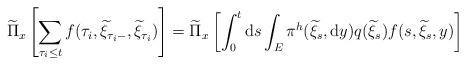
LaTeX: \begin{align*}\widetilde{\Pi}_{x}\left[\sum_{\tau_{i}\le t}f(\tau_{i},\widetilde{\xi}_{\tau_{i}-},\widetilde{\xi}_{\tau_{i}})\right]=\widetilde{\Pi}_{x}\left[\int_{0}^{t}{\rm d}s\int_{E}\pi^{h}(\widetilde{\xi}_{s},{\rm d}y)q(\widetilde{\xi}_{s})f(s,\widetilde{\xi}_{s},y)\right]\end{align*}